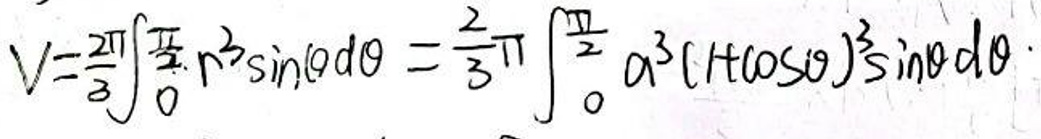
\[
V = \frac{2\pi}{3} \int_{0}^{\frac{\pi}{2}} r^3 \sin \theta d\theta = \frac{2}{3} \pi \int_{0}^{\frac{\pi}{2}} a^3 (1 + \cos \theta)^3 \sin \theta d\theta
\]